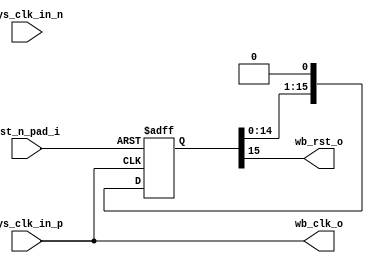
module clkgen
  (
   // Main clocks in, depending on board
   sys_clk_in_p, sys_clk_in_n,

   // Wishbone clock and reset out  
   wb_clk_o,
   wb_rst_o,

      // JTAG clock
`ifdef JTAG_DEBUG
   tck_pad_i,
   dbg_tck_o,
`endif 

   // Asynchronous, active low reset in
   rst_n_pad_i
   
   );

   input  sys_clk_in_p,sys_clk_in_n;   

   output wb_rst_o;
   output wb_clk_o;

`ifdef JTAG_DEBUG
   input  tck_pad_i;
   output dbg_tck_o;
`endif  

   // Asynchronous, active low reset (pushbutton, typically)
   input  rst_n_pad_i;
   
   // First, deal with the asychronous reset
   wire   async_rst;
   wire   async_rst_n;

   // Xilinx synthesis tools appear cluey enough to instantiate buffers when and
   // where they're needed, so we do simple assigns for this tech.
   assign async_rst_n = rst_n_pad_i;   

   // Everyone likes active-high reset signals...
   assign async_rst = ~async_rst_n;

  `ifdef JTAG_DEBUG   
    assign dbg_tck_o = tck_pad_i;
  `endif

   //
   // Declare synchronous reset wires here
   //
   
   // An active-low synchronous reset signal (usually a PLL lock signal)
   wire   sync_rst_n;

   // An active-low synchronous reset from ethernet PLL
   wire   sync_eth_rst_n;


   assign wb_clk_o = sys_clk_in_p;
   assign sync_rst_n = 1'b1;
   
   //
   // Reset generation
   //
   //

   // Reset generation for wishbone
   reg [15:0] 	   wb_rst_shr;
   always @(posedge wb_clk_o or posedge async_rst)
     if (async_rst)
       wb_rst_shr <= 16'hffff;
     else
       wb_rst_shr <= {wb_rst_shr[14:0], ~(sync_rst_n)};
   
   assign wb_rst_o = wb_rst_shr[15];
   
   
endmodule